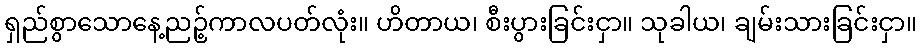
ရှည်စွာသောနေ့ညဉ့်ကာလပတ်လုံး။ ဟိတာယ၊ စီးပွားခြင်းငှာ။ သုခါယ၊ ချမ်းသားခြင်းငှာ။